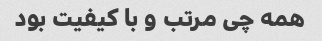
همه چی مرتب و با کیفیت بود